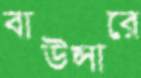
বাউন্সারে